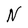
Character: N